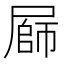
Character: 𭕪